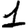
Digit: 1